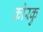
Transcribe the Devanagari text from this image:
कोरकु